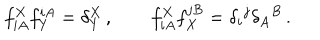
f _ { i A } ^ { X } f _ { Y } ^ { i A } = \delta _ { Y } ^ { X } \, , \qquad f _ { i A } ^ { X } f _ { X } ^ { j B } = \delta _ { i } { } ^ { j } \delta _ { A } { } ^ { B } \, .